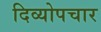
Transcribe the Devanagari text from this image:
दिव्योपचार